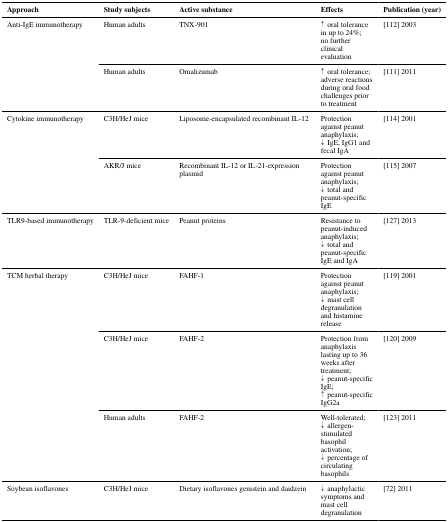
<table><thead><tr><td><b>Approach</b></td><td><b>Study subjects</b></td><td><b>Active substance</b></td><td><b>Effects</b></td><td><b>Publication (year)</b></td></tr></thead><tbody><tr><td rowspan="2">Anti-IgE immunotherapy</td><td>Human adults</td><td>TNX-901</td><td>↑ oral tolerance in up to 24%;no further clinical evaluation</td><td>[112] 2003</td></tr><tr><td>Human adults</td><td>Omalizumab</td><td>↑ oral tolerance;adverse reactions during oral food challenges prior to treatment</td><td>[111] 2011</td></tr><tr><td rowspan="2">Cytokine immunotherapy</td><td>C3H/HeJ mice</td><td>Liposome-encapsulated recombinant IL-12</td><td>Protection against peanut anaphylaxis;↓ IgE, IgG1 and fecal IgA</td><td>[114] 2001</td></tr><tr><td>AKR/J mice</td><td>Recombinant IL-12 or IL-21-expression plasmid</td><td>Protection against peanut anaphylaxis;↓ total and peanut-specific IgE</td><td>[115] 2007</td></tr><tr><td>TLR9-based immunotherapy</td><td>TLR-9-deficient mice</td><td>Peanut proteins</td><td>Resistance to peanut-induced anaphylaxis;↓ total and peanut-specific IgE and IgA</td><td>[127] 2013</td></tr><tr><td rowspan="3">TCM herbal therapy</td><td>C3H/HeJ mice</td><td>FAHF-1</td><td>Protection against peanut anaphylaxis;↓ mast cell degranulation and histamine release</td><td>[119] 2001</td></tr><tr><td>C3H/HeJ mice</td><td>FAHF-2</td><td>Protection from anaphylaxis lasting up to 36 weeks after treatment;↓ peanut-specific IgE;↑ peanut-specific IgG2a</td><td>[120] 2009</td></tr><tr><td>Human adults</td><td>FAHF-2</td><td>Well-tolerated;↓ allergen-stimulated basophil activation;↓ percentage of circulating basophils</td><td>[123] 2011</td></tr><tr><td>Soybean isoflavones</td><td>C3H/HeJ mice</td><td>Dietary isoflavones genistein and daidzein</td><td>↓ anaphylactic symptoms and mast cell degranulation</td><td>[72] 2011</td></tr></tbody></table>